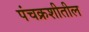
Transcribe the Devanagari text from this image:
पंचक्रशीतील